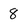
Character: 8